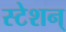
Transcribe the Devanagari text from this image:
स्टेशन्